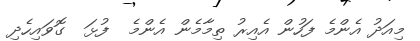
މިއަދު އެންމެ ފަހުން އެއިރު ތިމާމެން އެންމެ  ފުޅަ  ގޮވައިހެދި